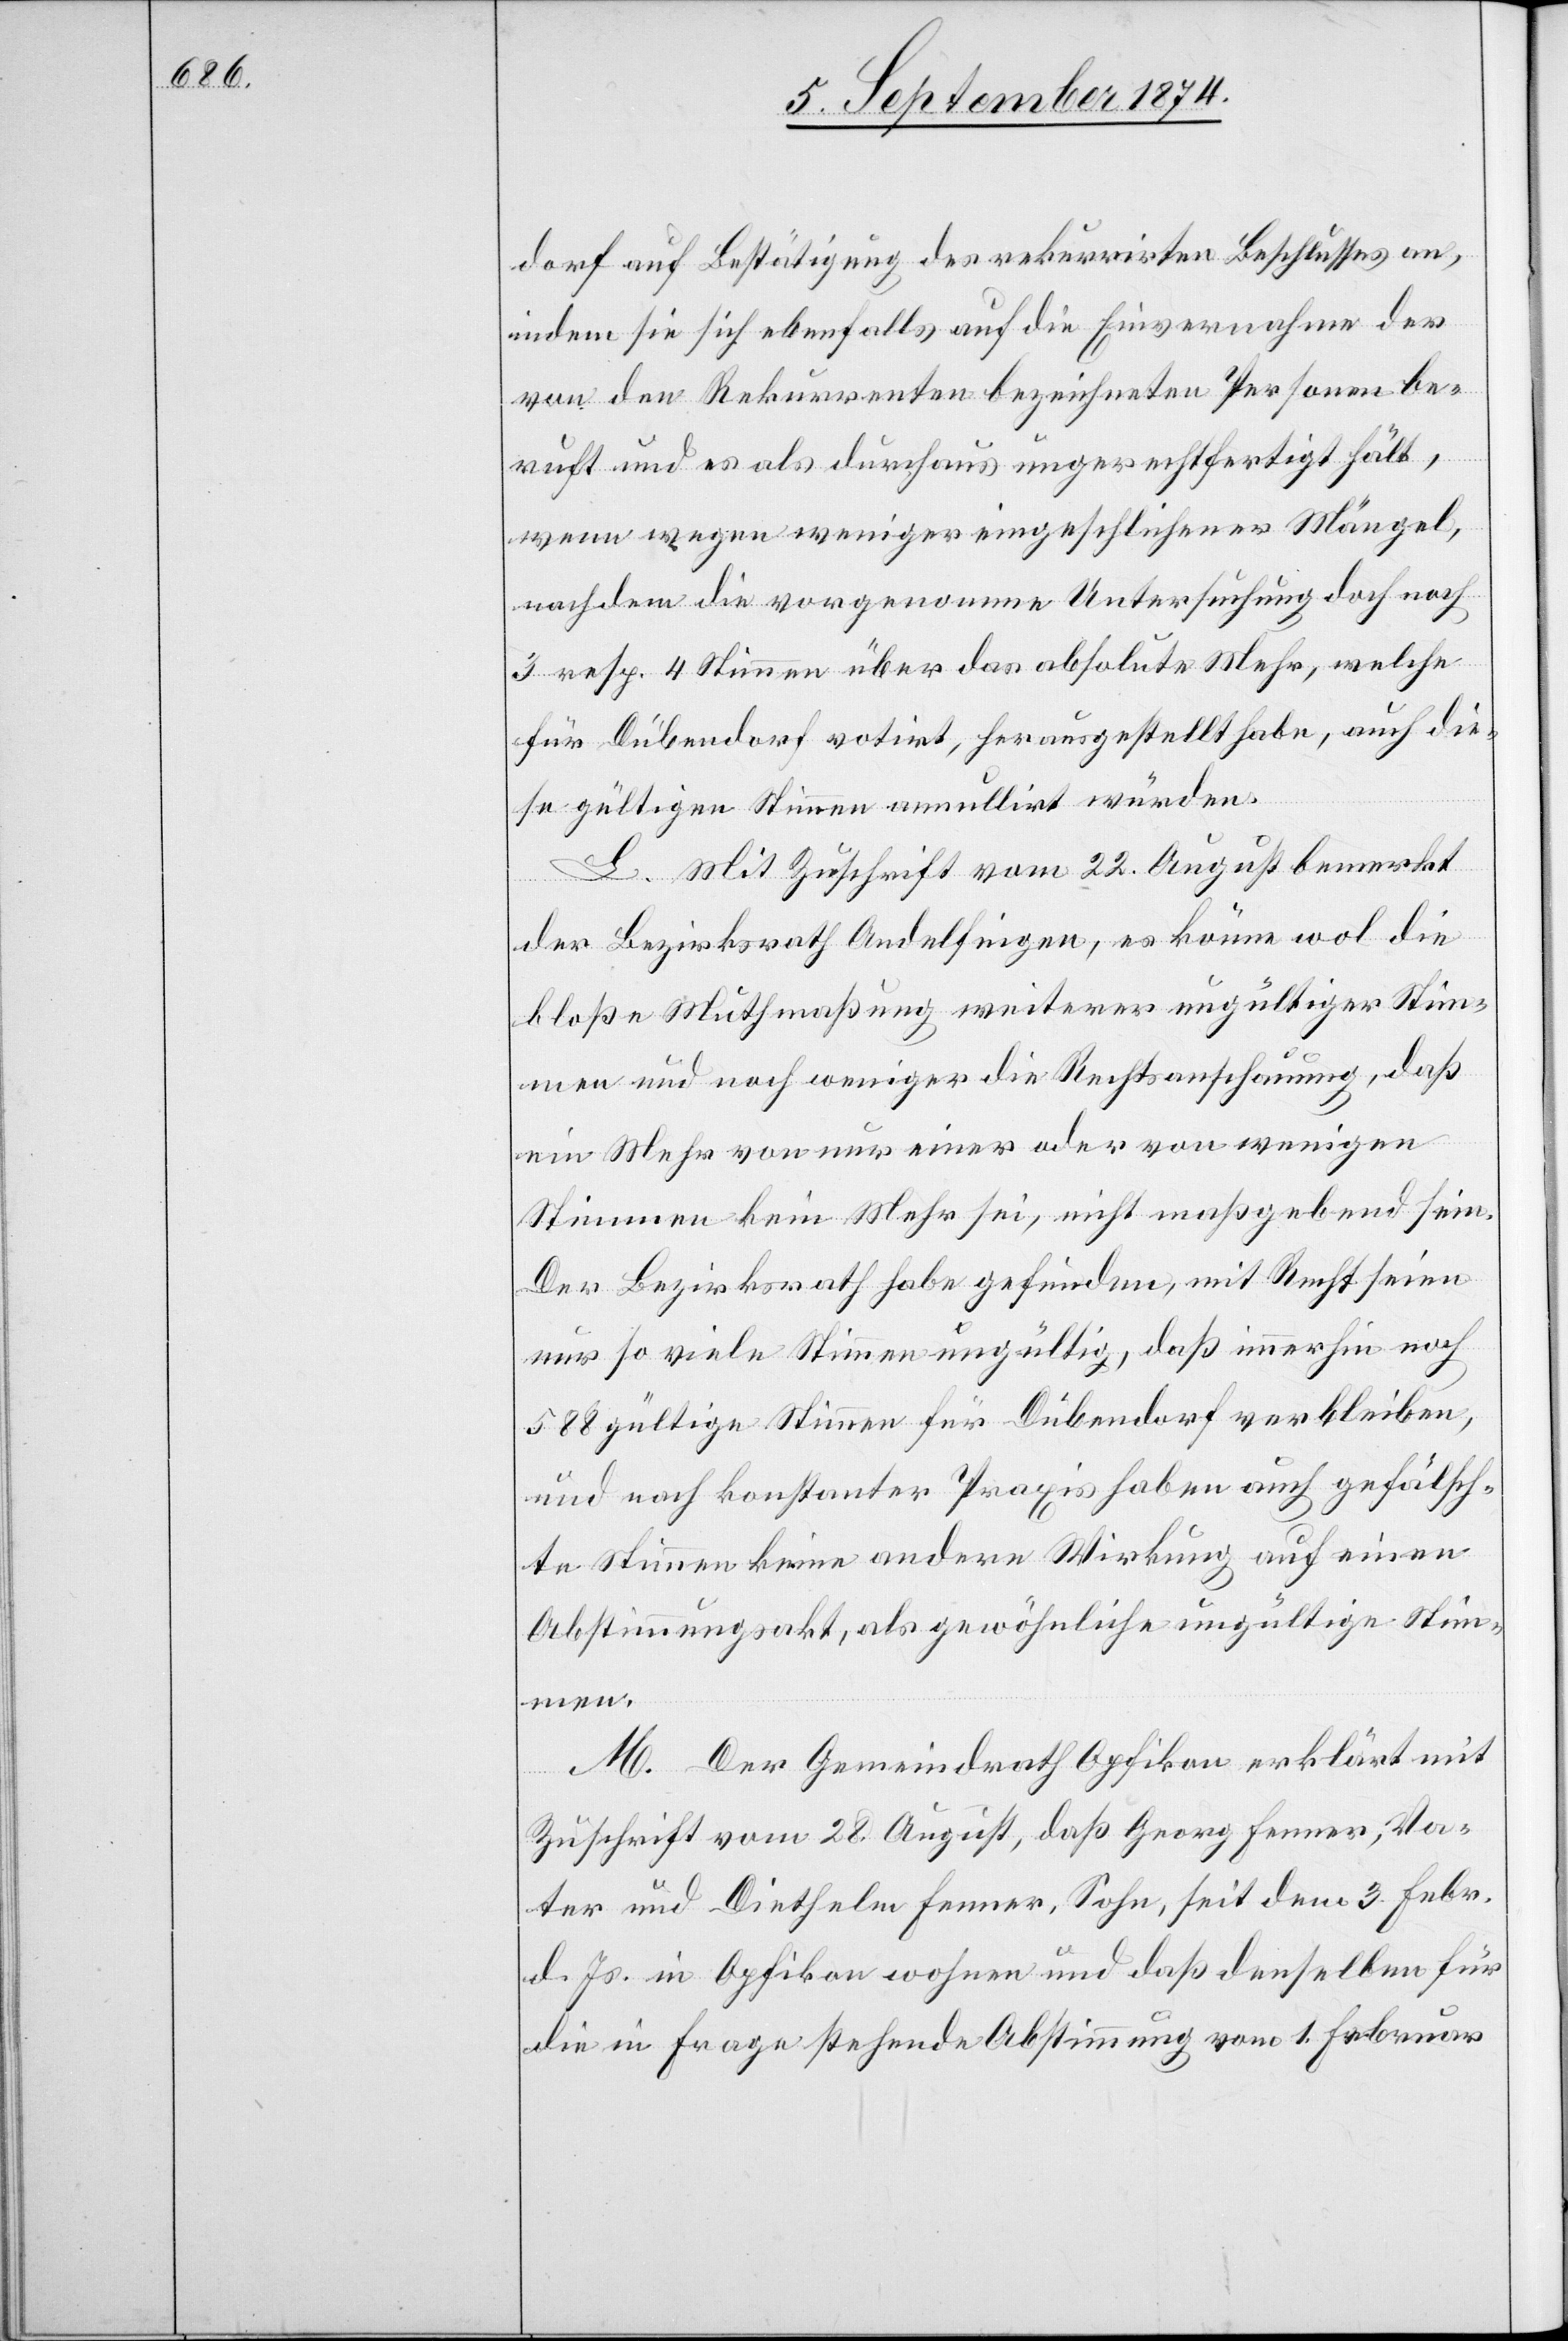
dorf auf Bestätigung des rekurrirten Beschlusses an,
indem sie sich ebenfalls auf die Einvernahme der
von den Rekurrenten bezeichneten Personen be¬
ruft und es als durchaus ungerechtfertigt hält,
wenn wegen weniger eingeschlichener Mängel,
nachdem die vorgenommene Untersuchung doch noch
3 resp. 4 Stimmen über das absolute Mehr, welche
für Dübendorf votirt, herausgestellt habe, auch die¬
se gültigen Stimmen annullirt würden.
L. Mit Zuschrift vom 22. August bemerkt
der Bezirksrath Andelfingen, es könne wol die
bloße Muthmaßung weiterer ungültiger Stim¬
men und noch weniger die Rechtsanschauung, daß
ein Mehr von nur einer oder von wenigen
Stimmen kein Mehr sei, nicht maßgebend sein.
Der Bezirksrath habe gefunden, mit Recht seien
nur so viele Stimmen ungültig, daß immerhin noch
588 gültige Stimmen für Dübendorf verbleiben,
und nach konstanter Praxis haben auch gefälsch¬
te Stimmen keine andere Wirkung auf einen
Abstimmungsakt, als gewöhnliche ungültige Stim¬
men.
M. Der Gemeindrath Opfikon erklärt mit
Zuschrift vom 28. August, daß Georg Fenner, Va¬
ter und Diethelm Fenner, Sohn, seit dem 3. Febr.
d. Js. in Opfikon wohnen und daß denselben für
die in Frage stehende Abstimmung vom 1. Februar